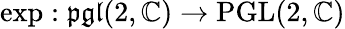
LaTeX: \exp:{\mathfrak{pgl}}(2,\mathbb{C})\to{\mathrm{PGL}}(2,\mathbb{C})